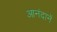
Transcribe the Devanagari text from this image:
आनंदानें